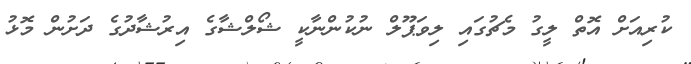
ކުރިއަށް އޮތް ލީގު މެޗުގައި ލިވަޕޫލް ނުކުންނާކީ ޝޯލްޝާގެ އިރުޝާދުގެ ދަށުން މޮޅު